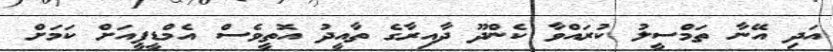
އަދި އޭނާ ތަމްސީލު ކުރައްވާ ކެންދޫ ދާއިރާގެ ތާއީދު އޮތީވެސް އެމްޑީޕީއަށް ކަމަށް